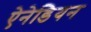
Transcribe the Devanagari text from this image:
ऐनेडियन